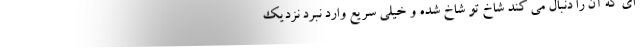
ای که آن را دنبال می کند شاخ تو شاخ شده و خیلی سریع وارد نبرد نزدیک